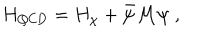
H _ { \mathrm { Q C D } } = H _ { \chi } + \bar { \psi } \mathcal { M } \psi \; ,